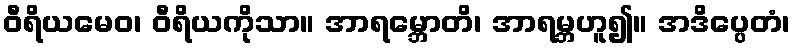
ဝီရိယမေဝ၊ ဝီရိယကိုသာ။ အာရမ္ဘောတိ၊ အာရမ္ဘဟူ၍။ အဒိပ္ပေတံ၊